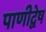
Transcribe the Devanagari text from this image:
पाणीद्वेष